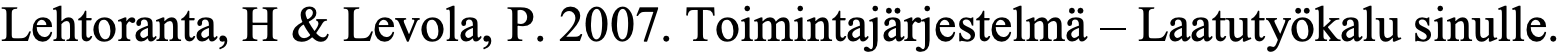
Lehtoranta, H & Levola, P. 2007. Toimintajärjestelmä – Laatutyökalu sinulle.